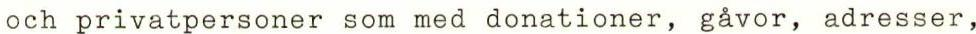
och privatpersoner som med donationer, gåvor, adresser,